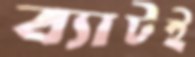
ব্যাটই